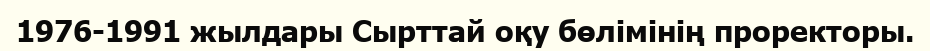
1976-1991 жылдары Сырттай оқу бөлімінің проректоры.